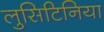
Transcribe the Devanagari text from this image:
लुसिटिनिया